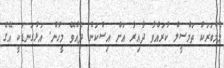
މެމްބަރަކު ތަމްސީލް ކުރައްވާ ދާއިރާ އަށް އިސްކަން ދެއްވޭ މީހުން. އަޅުގަނޑަކީ އޭގެ